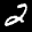
Label: 2